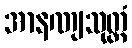
အာနဏျသုတ္တံ